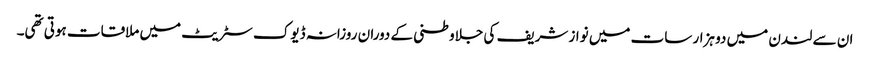
ان سے لندن میں دو ہزار سات میں نواز شریف کی جلاوطنی کے دوران روزانہ ڈیوک سٹریٹ میں ملاقات ہوتی تھی۔